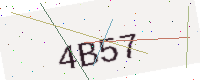
Text: 4B57